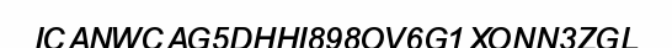
ICANWCAG5DHHI898OV6G1XONN3ZGL